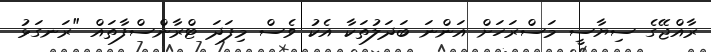
ރާއްޖޭގެ ސިޔާސީ މަސްރަހަށް އަންނަ ބަދަލުތަކާ އެކު ވެސް މިފަދަ ޓްރާންސްފާތައް "ރަނގަޅު